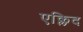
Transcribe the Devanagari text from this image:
एक्लिद